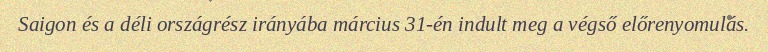
Saigon és a déli országrész irányába március 31-én indult meg a végső előrenyomulás.